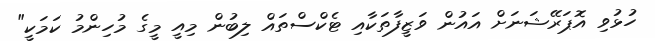
ހުޅުވި އޮޕަރޭޝަނަށް އައުން ވަޒީފާތަކާއި ޓެކްސްތައް ލިބުން މިއީ މީގެ މުހިންމު ކަމަކީ"